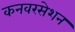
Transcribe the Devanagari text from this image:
कनवरसेशन